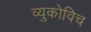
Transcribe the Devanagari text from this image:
व्युकोविच